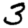
Digit: 3